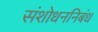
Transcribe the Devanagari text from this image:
संशोधननिबंध